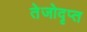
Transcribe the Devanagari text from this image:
तेजोदृप्त